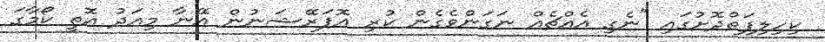
ކިހިލިފަތްދޮށުގައި "ނެގި އެއްޗެއް ނަގަންވެގެން ކުރި އޮޕަރޭޝަނުން އޭނާ މިއަދު އޮތީ ކޯމާގަ